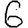
Digit: 6